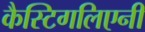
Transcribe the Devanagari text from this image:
कैस्टिगलिएनी